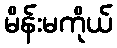
မိန်းမကိုယ်